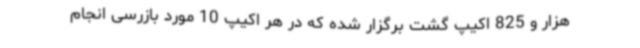
هزار و 825 اکیپ گشت برگزار شده که در هر اکیپ 10 مورد بازرسی انجام